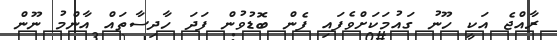
ރާއްޖެ އަކީ ހޫނު ގައުމަކަށްވެފައި ފެން ބޮޑުވުން ފަދަ ހާދިސާތައް އާންމު ނޫން